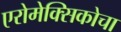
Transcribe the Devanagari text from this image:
एरोमेक्सिकोचा